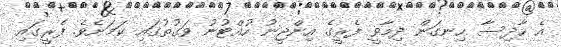
އެ ހާދިސާ ހިނގަން ދިމާވީ ފެރީގެ އިންޖީނު ހުއްޓުނު ވަގުތުގައި ކަމަށެވެ. ފެރީގައި